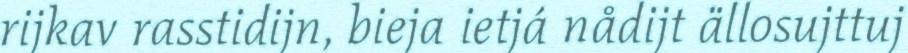
rijkav rasstidijn, bieja ietjá nådijt ällosujttuj